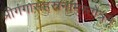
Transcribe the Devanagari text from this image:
श्रीगंगासहस्रनामस्तोत्रम्